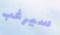
سيرغب